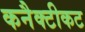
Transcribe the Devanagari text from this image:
कनैक्टीकट